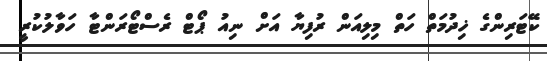
ކޭޓަރިންގެ ޚިދުމަތް ހަތް މިލިއަން ރުފިޔާ އަށް ނިއު ޕޯޓް ރެސްޓޯރަންޓާ ހަވާލުކުރީ